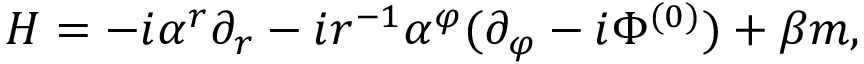
H = - i \alpha ^ { r } \partial _ { r } - i r ^ { - 1 } \alpha ^ { \varphi } ( \partial _ { \varphi } - i \Phi ^ { ( 0 ) } ) + \beta m ,